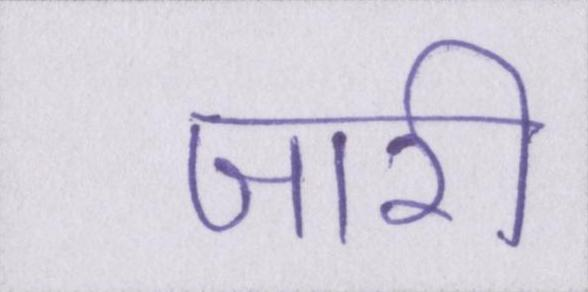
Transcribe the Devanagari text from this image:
जारी